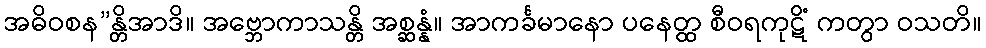
အဓိဝစန”န္တိအာဒိ။ အဗ္ဘောကာသန္တိ အစ္ဆန္နံ။ အာကင်္ခမာနော ပနေတ္ထ စီဝရကုဋိံ ကတွာ ဝသတိ။